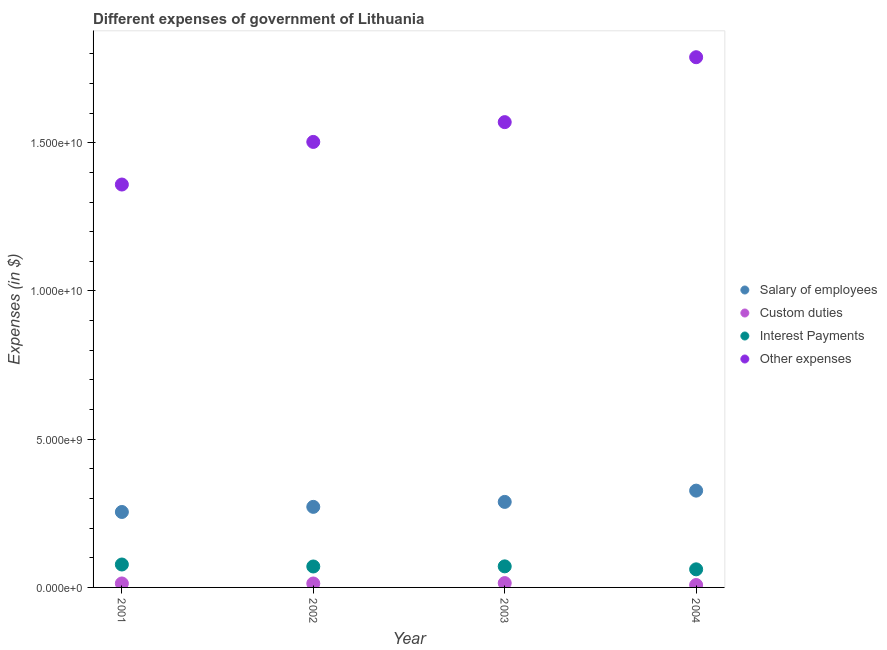
| Year | Salary of employees | Custom duties | Interest Payments | Other expenses |
 | --- | --- | --- | --- | --- |
 | 2001 | 2.55e+09 | 1.34e+08 | 7.73e+08 | 1.36e+10 |
 | 2002 | 2.72e+09 | 1.32e+08 | 7.06e+08 | 1.5e+10 |
 | 2003 | 2.88e+09 | 1.46e+08 | 7.11e+08 | 1.57e+10 |
 | 2004 | 3.27e+09 | 8.14e+07 | 6.10e+08 | 1.79e+10 |